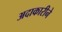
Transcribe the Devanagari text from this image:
अदाकारीने